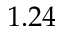
1 . 2 4